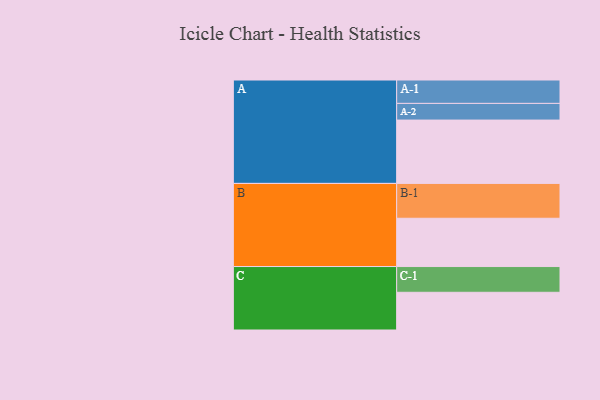
{"axis": {"x": "Segment", "y": "Value"}, "legend": ["", "A", "B", "C"], "data": [{"x": "A", "y": 509, "type": ""}, {"x": "B", "y": 388, "type": ""}, {"x": "C", "y": 303, "type": ""}, {"x": "A-1", "y": 188, "type": "A"}, {"x": "A-2", "y": 134, "type": "A"}, {"x": "B-1", "y": 280, "type": "B"}, {"x": "C-1", "y": 207, "type": "C"}]}